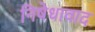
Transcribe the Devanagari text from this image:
निषेधावाद